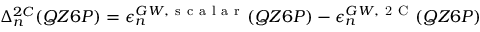
\Delta _ { n } ^ { 2 C } ( Q Z 6 P ) = \epsilon _ { n } ^ { G W , \mathrm { ~ s ~ c ~ a ~ l ~ a ~ r ~ } } ( Q Z 6 P ) - \epsilon _ { n } ^ { G W , \mathrm { ~ 2 ~ C ~ } } ( Q Z 6 P )